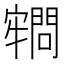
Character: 𡫡